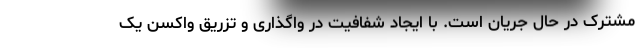
مشترک در حال جریان است. با ایجاد شفافیت در واگذاری و تزریق واکسن یک